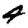
Digit: 4